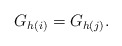
\begin{align*}G_{h(i)}=G_{h(j)}.\end{align*}